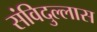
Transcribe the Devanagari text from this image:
संविदुल्लास